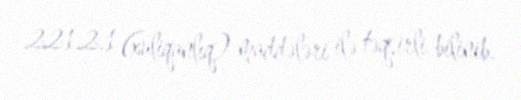
221.2.1 (xuliqanlıq) maddələri ilə təqsirli bilinib.